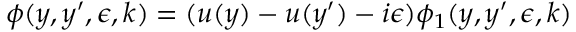
\phi ( y , y ^ { \prime } , \epsilon , k ) = ( u ( y ) - u ( y ^ { \prime } ) - i \epsilon ) \phi _ { 1 } ( y , y ^ { \prime } , \epsilon , k )